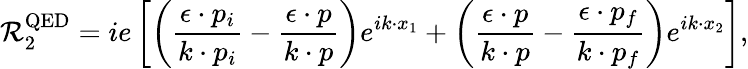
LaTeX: {\cal R}_{2}^{\mathrm{QED}}=ie\left[\left(\frac{\epsilon\cdot p_{i}}{k\cdot p_{i}}-\frac{\epsilon\cdot p}{k\cdot p}\right)e^{ik\cdot x_{1}}+\left(\frac{\epsilon\cdot p}{k\cdot p}-\frac{\epsilon\cdot p_{f}}{k\cdot p_{f}}\right)e^{ik\cdot x_{2}}\right],